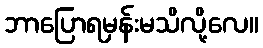
ဘာပြောရမှန်းမသိလို့လေ။